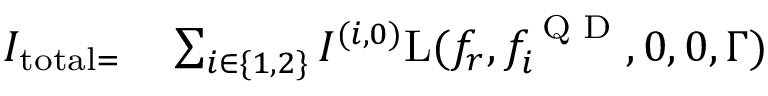
\begin{array} { r l } { I _ { \mathrm { t o t a l } = } } & { { } \sum _ { i \in \{ 1 , 2 \} } I ^ { ( i , 0 ) } \mathrm { L } ( f _ { r } , f _ { i } ^ { \textrm { Q D } } , 0 , 0 , \Gamma ) } \end{array}